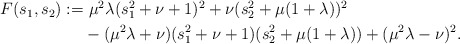
\begin{align*}\begin{aligned} F(s_1,s_2):=&\ \mu^2\lambda(s_1^2+\nu+1)^2+ \nu(s_2^2+\mu(1+\lambda))^2\\ &-(\mu^2\lambda+\nu)(s_1^2+\nu+1)(s_2^2+\mu(1+\lambda))+(\mu^2\lambda-\nu)^2.\end{aligned}\end{align*}